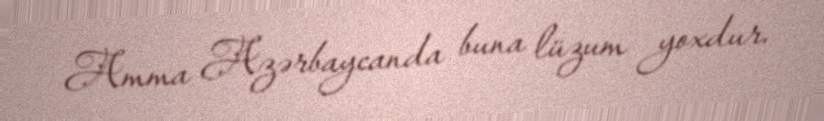
Amma Azərbaycanda buna lüzum yoxdur.